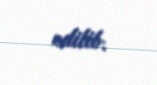
edilib.